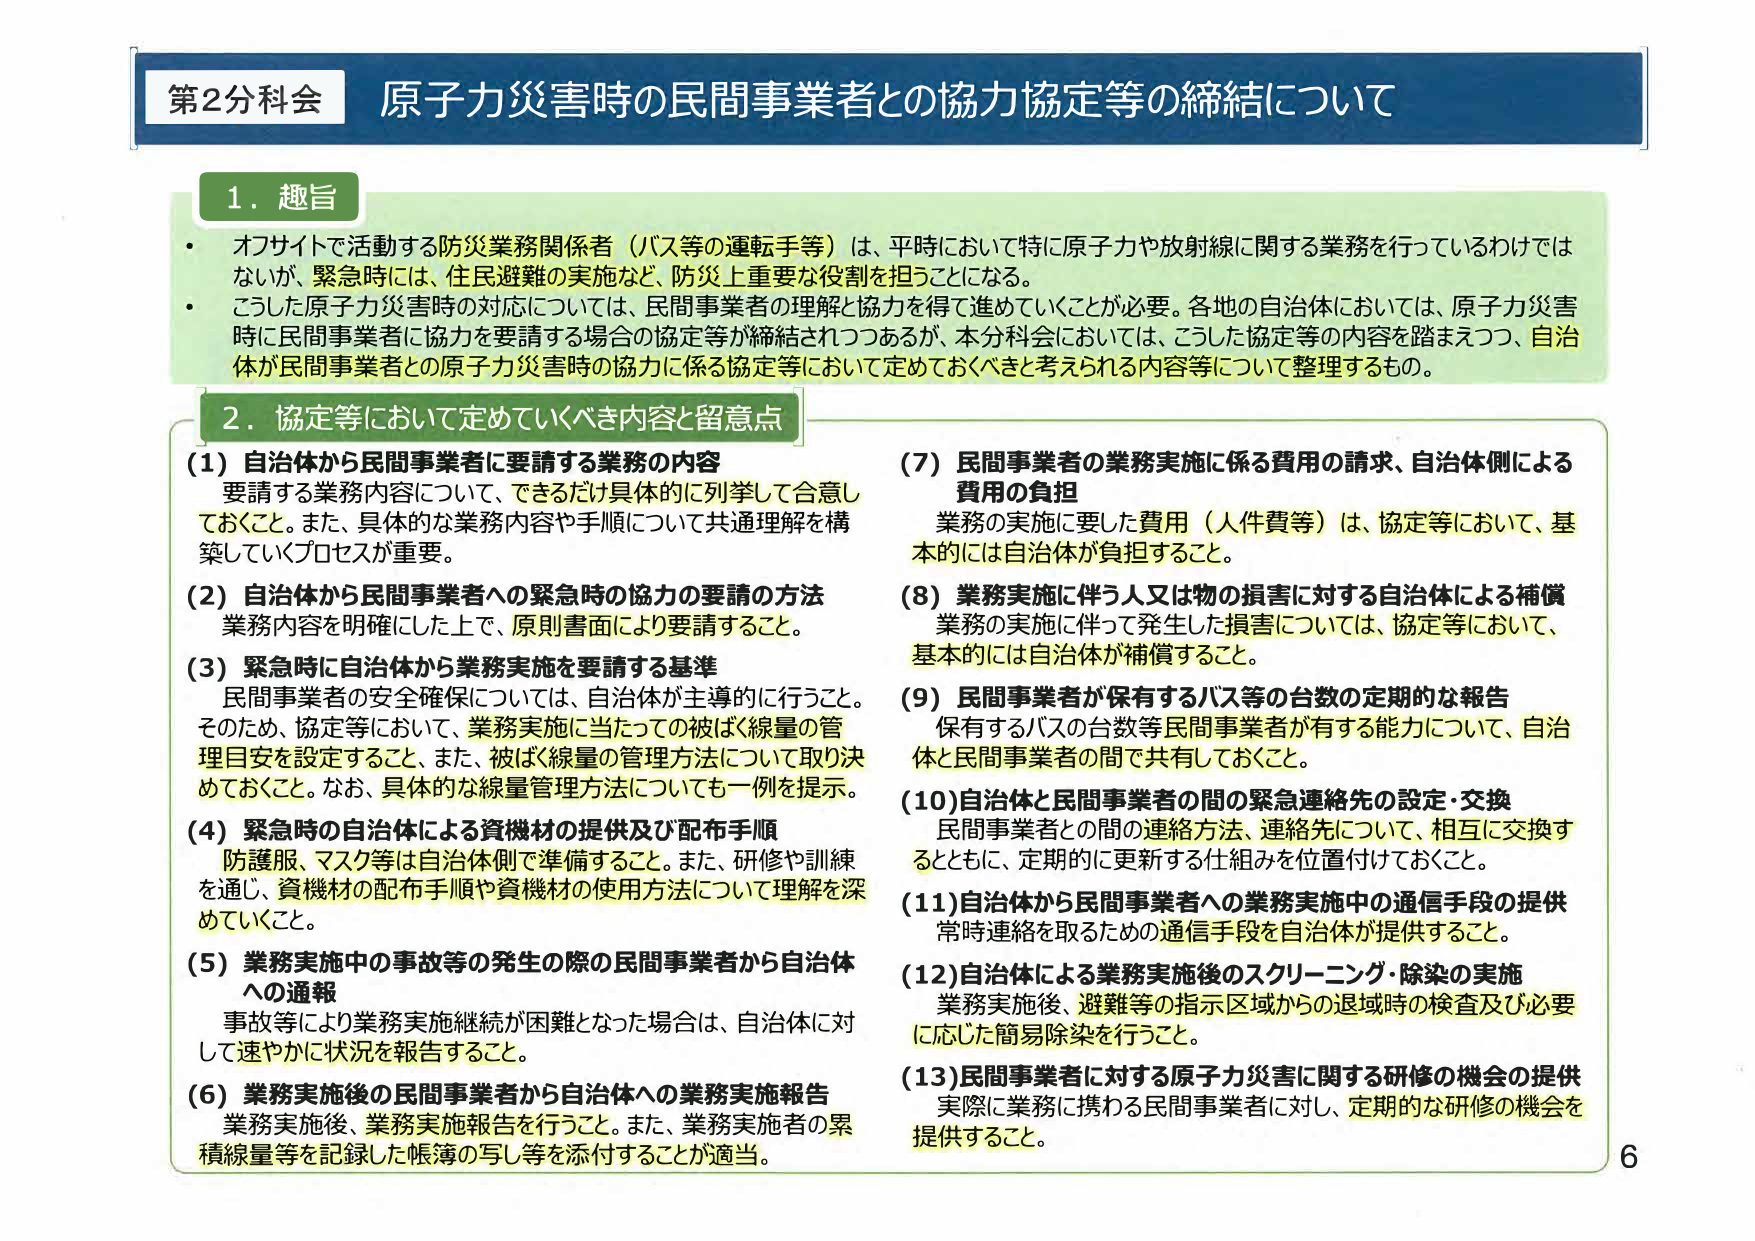
第2分科会 原子力災害時の民間事業者との協力協定等の締結について

1. 趣旨
・ オフサイトで活動する防災業務関係者（バス等の運転手等）は、平時において特に原子力や放射線に関する業務を行っているわけではないが、緊急時には、住民避難の実施など、防災上重要な役割を担うことになる。
・ こうした原子力災害時の対応については、民間事業者の理解と協力を得て進めていくことが必要。各地の自治体においては、原子力災害時に民間事業者に協力を要請する場合の協定等が締結されつつあるが、本分科会においては、こうした協定等の内容を踏まえつつ、自治体が民間事業者との原子力災害時の協力に係る協定等において定めておくべきと考えられる内容等について整理するもの。

2. 協定等において定めていくべき内容と留意点
(1) 自治体から民間事業者に要請する業務の内容
　要請する業務内容について、できるだけ具体的に列挙して合意しておくこと。また、具体的な業務内容や手順について共通理解を構築していくプロセスが重要。
(2) 自治体から民間事業者への緊急時の協力の要請の方法
　業務内容を明確にした上で、原則書面により要請すること。
(3) 緊急時に自治体から業務実施を要請する基準
　民間事業者の安全確保については、自治体が主導的に行うこと。そのため、協定等において、業務実施に当たっての被ばく線量の管理目安を設定すること、また、被ばく線量の管理方法について取り決めておくこと。なお、具体的な線量管理方法についても一例を提示。
(4) 緊急時の自治体による資機材の提供及び配布手順
　防護服、マスク等は自治体側で準備すること。また、研修や訓練を通じ、資機材の配布手順や資機材の使用方法について理解を深めていくこと。
(5) 業務実施中の事故等の発生の際の民間事業者から自治体への通報
　事故等により業務実施継続が困難となった場合は、自治体に対して速やかに状況を報告すること。
(6) 業務実施後の民間事業者から自治体への業務実施報告
　業務実施後、業務実施報告を行うこと。また、業務実施者の累積線量等を記録した帳簿の写し等を添付することが適当。
(7) 民間事業者の業務実施に係る費用の請求、自治体側による費用の負担
　業務の実施に要した費用（人件費等）は、協定等において、基本的には自治体が負担すること。
(8) 業務実施に伴う人又は物の損害に対する自治体による補償
　業務の実施に伴って発生した損害については、協定等において、基本的には自治体が補償すること。
(9) 民間事業者が保有するバス等の台数の定期的な報告
　保有するバスの台数等民間事業者が有する能力について、自治体と民間事業者の間で共有しておくこと。
(10) 自治体と民間事業者間の緊急連絡先の設定・交換
　民間事業者との間の連絡方法、連絡先について、相互に交換するとともに、定期的に更新する仕組みを位置付けておくこと。
(11) 自治体から民間事業者への業務実施中の通信手段の提供
　常時連絡を取るための通信手段を自治体が提供すること。
(12) 自治体による業務実施後のスクリーニング・除染の実施
　業務実施後、避難等の指示区域からの退域時の検査及び必要に応じた簡易除染を行うこと。
(13) 民間事業者に対する原子力災害に関する研修の機会の提供
　実際に業務に携わる民間事業者に対し、定期的な研修の機会を提供すること。

6